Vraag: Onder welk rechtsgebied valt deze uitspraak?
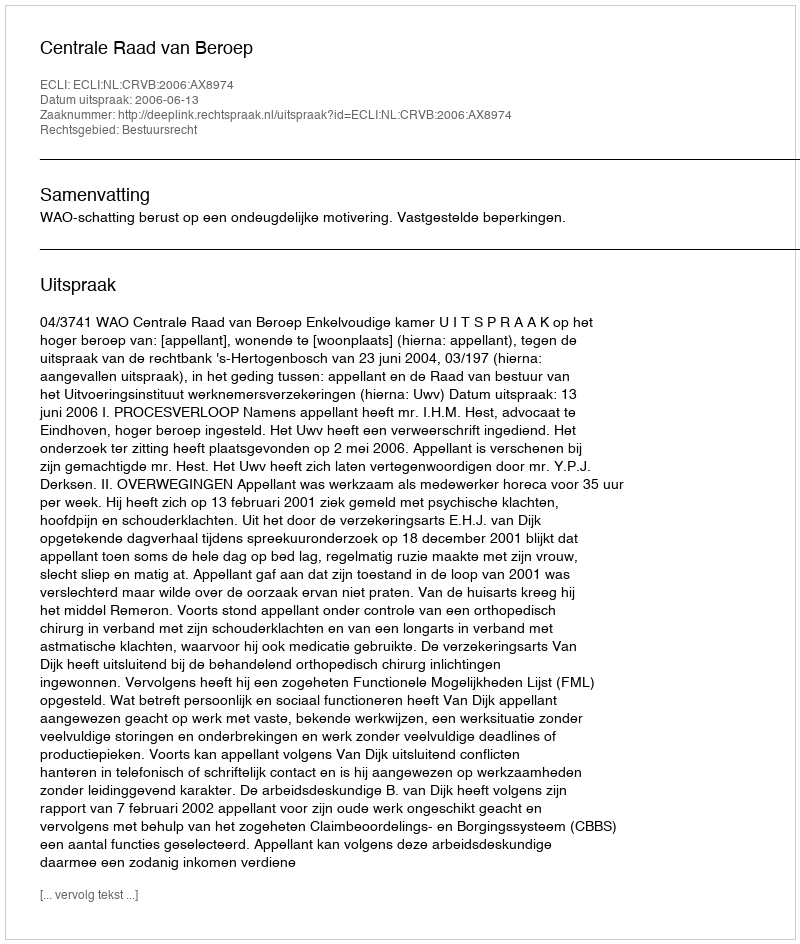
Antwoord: Bestuursrecht